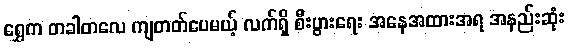
ရွှေက တခါတလေ ကျတတ်ပေမယ့် လက်ရှိ စီးပွားရေး အနေအထားအရ အနည်းဆုံး